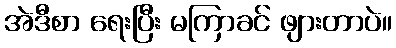
အဲဒီစာ ရေးပြီး မကြာခင် ဖျားတာပဲ။